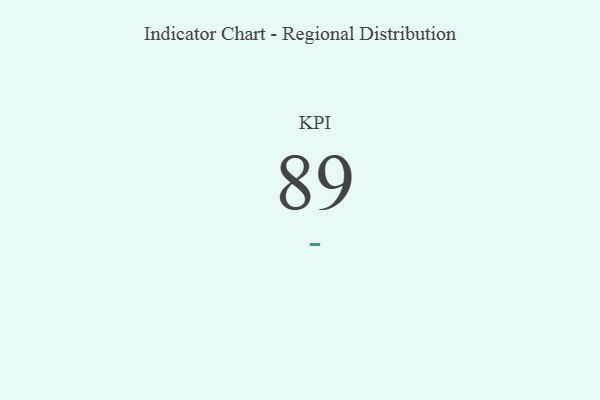
{"axis": {"x": "KPI", "y": "Value"}, "legend": [""], "data": [{"x": "KPI", "y": 89, "type": ""}]}